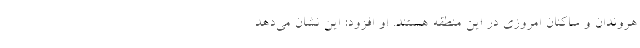
هروندان و ساکنان امروزی در این منطقه هستند. او افزود: این نشان می‌دهد